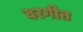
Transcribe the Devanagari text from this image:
वरगीत